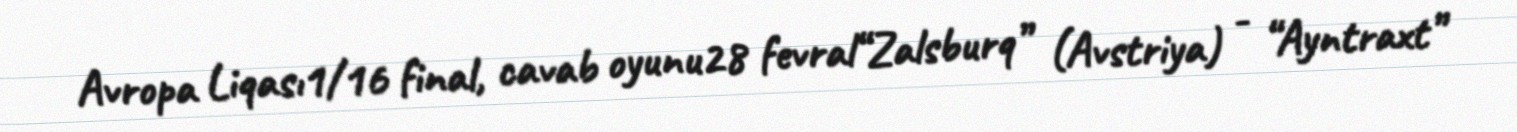
Avropa Liqası1/16 final, cavab oyunu28 fevral“Zalsburq” (Avstriya) - “Ayntraxt”